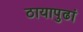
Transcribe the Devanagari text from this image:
ठायापुढां